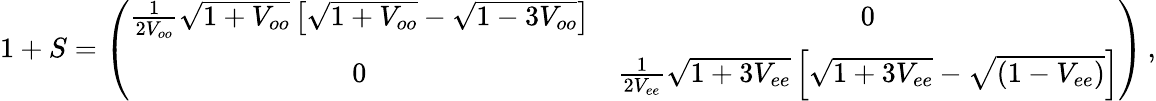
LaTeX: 1+S=\left(\begin{array}{cc}{{\frac{1}{2V_{oo}}\sqrt{1+V_{oo}}\left[\sqrt{1+V_{oo}}-\sqrt{1-3V_{oo}}\right]}}&{{0}}\\ {{0}}&{{\frac{1}{2V_{ee}}\sqrt{1+3V_{ee}}\left[\sqrt{1+3V_{ee}}-\sqrt{(1-V_{ee})}\right]}}\end{array}\right)\, ,